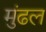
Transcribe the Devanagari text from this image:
मुंढल